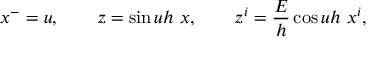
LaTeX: x ^ { - } = u , \qquad z = \sin u h ~ x , \qquad z ^ { i } = \frac { E } { h } \cos u h ~ x ^ { i } , \nonumber